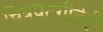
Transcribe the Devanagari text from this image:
चित्रपटगीतेही